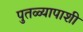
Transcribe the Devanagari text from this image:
पुतळ्यापाशी